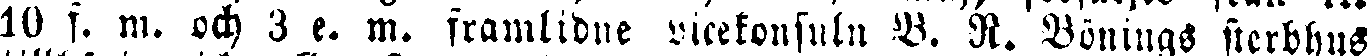
10 f. m. och 3 e. m. framlidne vicekonsuln V. R. Vönings sterbhus